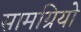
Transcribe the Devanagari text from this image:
सामग्रियो